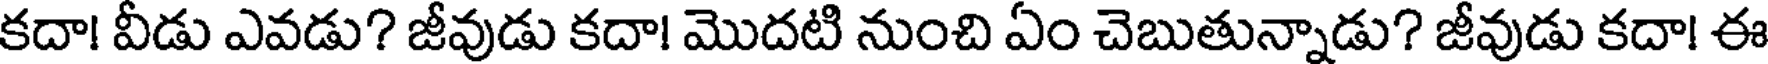
కదా! వీడు ఎవడు? జీవుడు కదా! మొదటి నుంచి ఏం చెబుతున్నాడు? జీవుడు కదా! ఈ